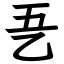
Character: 㐏